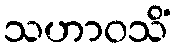
သဟာဝသိံ